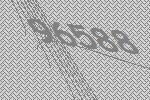
96588